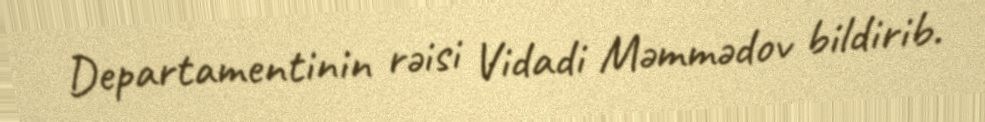
Departamentinin rəisi Vidadi Məmmədov bildirib.